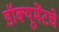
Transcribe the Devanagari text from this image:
डॉक्यूमेंटचे